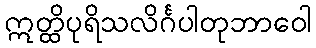
ဣတ္ထိပုရိသလိင်္ဂပါတုဘာဝေါ